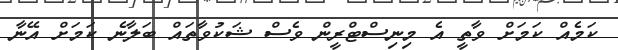
ކަމެއް ކަމަށް ވާތީ އެ މިނިސްޓްރީން ވެސް ޝަކުވާތައް ބަލާނެ ކަމަށް އޭނާ